Source: Handwritten
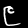
Digit: ၉ (9)